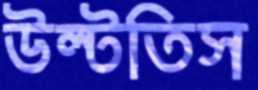
উল্‌টতিস